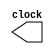
module clkgenerator(clock);                                  
output reg clock;   
initial 
clock = 1;
always 
begin
#5
clock = ~ clock;

end
endmodule